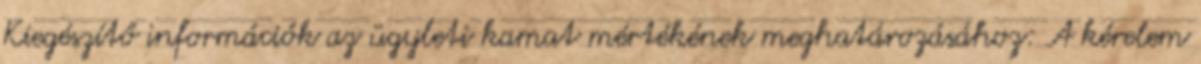
Kiegészítő információk az ügyleti kamat mértékének meghatározásához: A kérelem